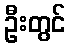
ဦးတွင်